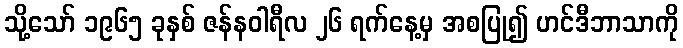
သို့သော် ၁၉၆၅ ခုနှစ် ဇန်နဝါရီလ ၂၆ ရက်နေ့မှ အစပြု၍ ဟင်ဒီဘာသာကို